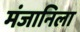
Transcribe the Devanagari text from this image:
मंजानिला